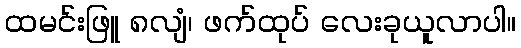
ထမင်းဖြူ ၈လျံ၊ ဖက်ထုပ် လေးခုယူလာပါ။